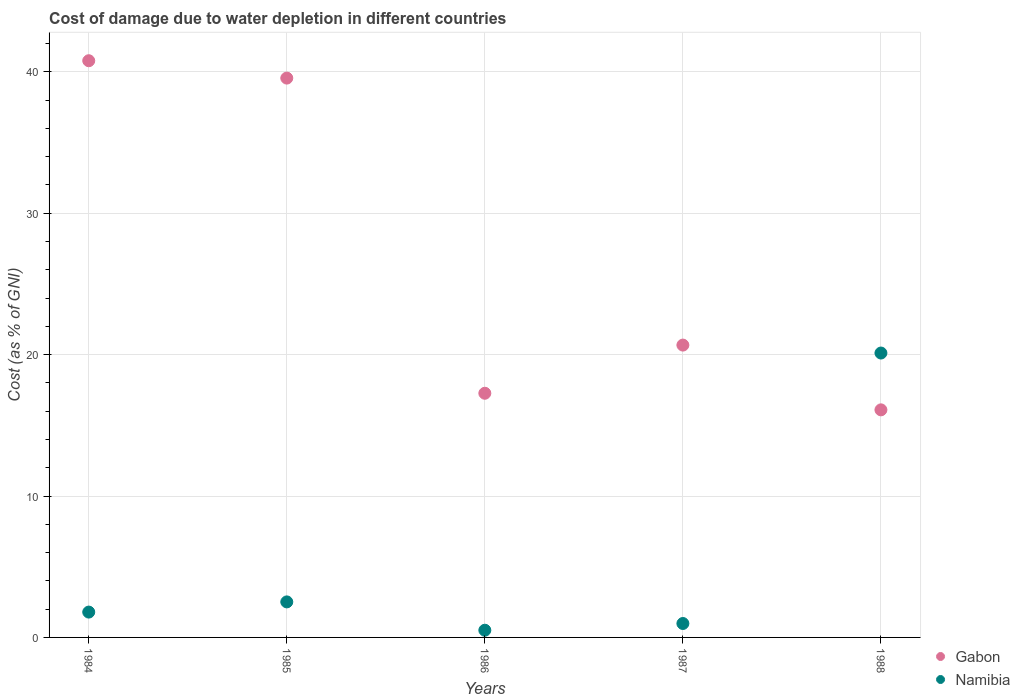
| Years | Gabon | Namibia |
 | --- | --- | --- |
 | 1984 | 40.8 | 1.79 |
 | 1985 | 39.6 | 2.51 |
 | 1986 | 17.3 | 0.509 |
 | 1987 | 20.7 | 0.985 |
 | 1988 | 16.1 | 20.1 |